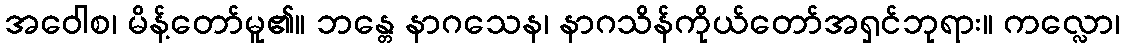
အဝေါစ၊ မိန့်တော်မူ၏။ ဘန္တေ နာဂသေန၊ နာဂသိန်ကိုယ်တော်အရှင်ဘုရား။ ကလ္လော၊